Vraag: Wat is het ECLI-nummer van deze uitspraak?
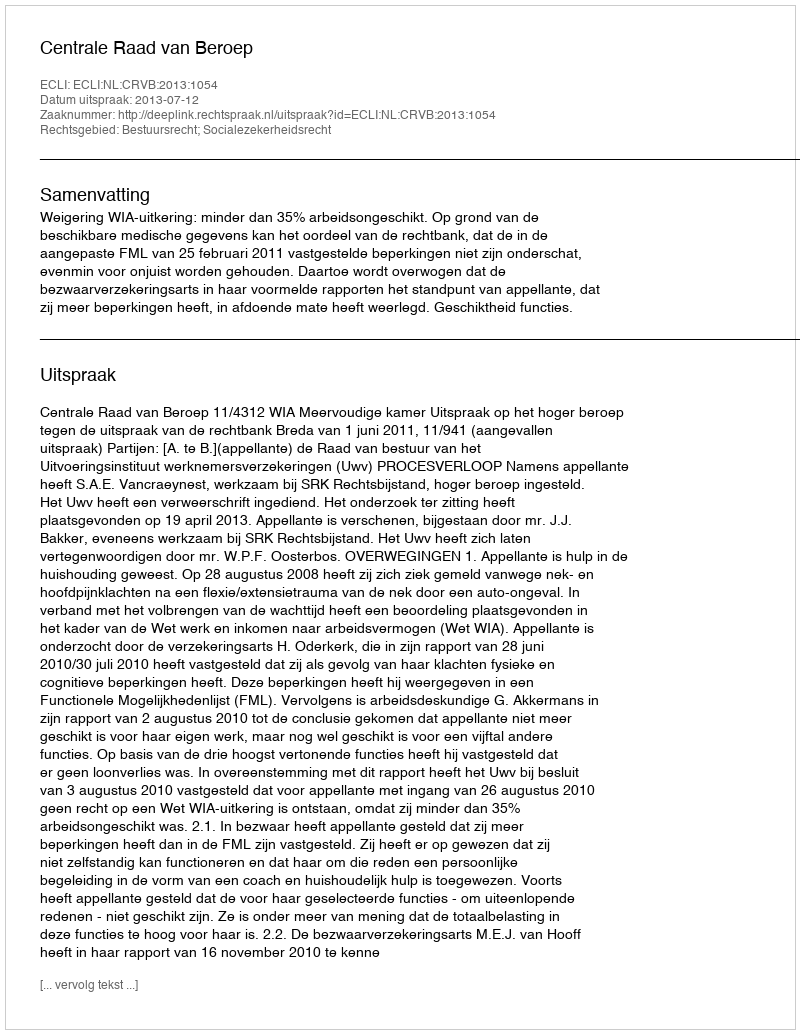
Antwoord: ECLI:NL:CRVB:2013:1054